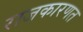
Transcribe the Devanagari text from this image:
राजकारणत